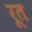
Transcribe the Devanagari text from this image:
रूत